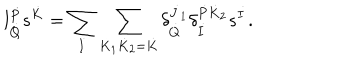
l _ { \dot { Q } } ^ { \dot { P } } s ^ { \dot { K } } = \sum _ { \dot { I } } \sum _ { \dot { K } _ { 1 } \dot { K } _ { 2 } = \dot { K } } \delta _ { \dot { Q } } ^ { \dot { J } _ { 1 } } \delta _ { \dot { I } } ^ { \dot { P } \dot { K } _ { 2 } } s ^ { \dot { I } } .